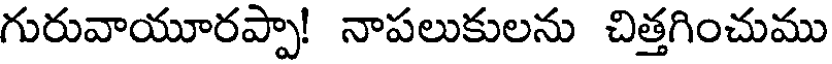
గురువాయూరప్పా! నాపలుకులను చిత్తగించుము